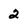
Character: 2